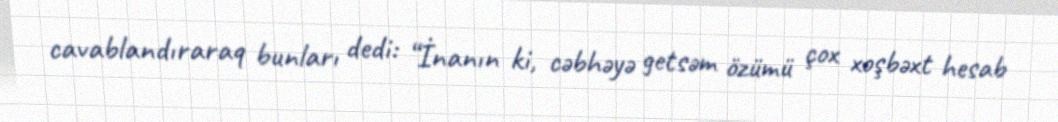
cavablandıraraq bunları dedi: “İnanın ki, cəbhəyə getsəm özümü çox xoşbəxt hesab